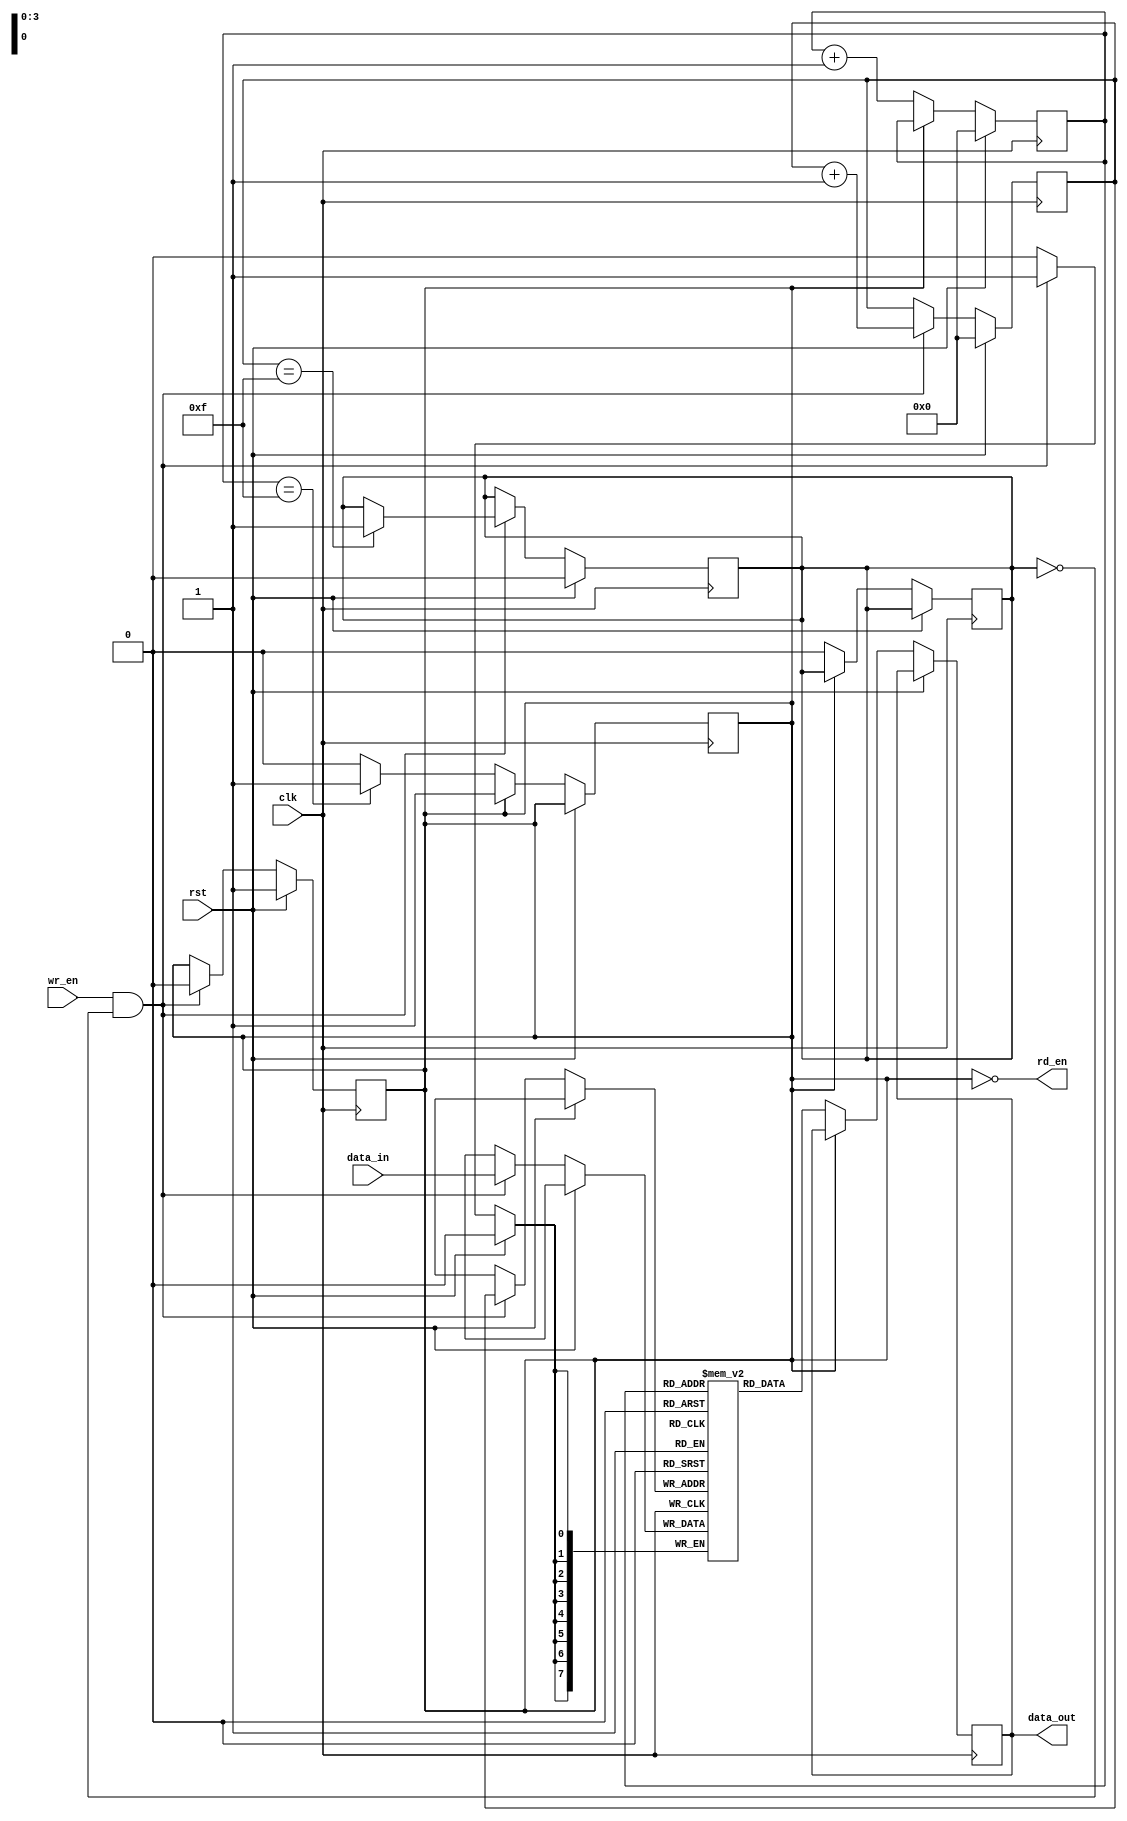
module synchronous_fifo (
    input wire clk, // clock signal
    input wire rst, // reset signal

    input wire wr_en, // write enable signal
    input wire [7:0] data_in, // input data

    output wire rd_en, // read enable signal
    output wire [7:0] data_out // output data
);

parameter DEPTH = 16; // depth of the FIFO

reg [7:0] memory [0:DEPTH-1]; // memory storage elements
reg [3:0] wr_ptr = 4'b0000; // write pointer
reg [3:0] rd_ptr = 4'b0000; // read pointer

reg full, empty; // flags to manage full and empty conditions

// FIFO write logic
always @(posedge clk) begin
    if (rst) begin
        wr_ptr <= 4'b0000;
        full <= 1'b0;
        empty <= 1'b1;
    end else if (wr_en && !full) begin
        memory[wr_ptr] <= data_in;
        wr_ptr <= wr_ptr + 1;
        if (wr_ptr == DEPTH-1) begin
            full <= 1'b1;
        end
        if (empty) begin
            empty <= 1'b0;
        end
    end
end

// FIFO read logic
always @(posedge clk) begin
    if (rst) begin
        rd_ptr <= 4'b0000;
    end else if (rd_en && !empty) begin
        data_out <= memory[rd_ptr];
        rd_ptr <= rd_ptr + 1;
        if (rd_ptr == DEPTH-1) begin
            empty <= 1'b1;
        end
        if (full) begin
            full <= 1'b0;
        end
    end
end

assign rd_en = !empty; // read enable signal logic

endmodule